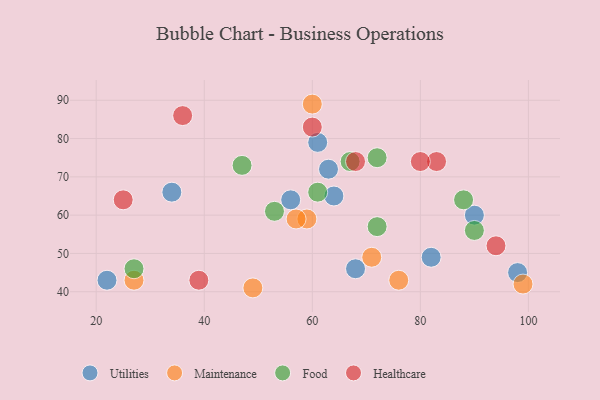
{"axis": {"x": "GDP", "y": "Life Expectancy"}, "legend": ["Food", "Healthcare", "Maintenance", "Utilities"], "data": [{"x": "90", "y": 60, "type": "Utilities"}, {"x": "68", "y": 46, "type": "Utilities"}, {"x": "98", "y": 45, "type": "Utilities"}, {"x": "56", "y": 64, "type": "Utilities"}, {"x": "82", "y": 49, "type": "Utilities"}, {"x": "22", "y": 43, "type": "Utilities"}, {"x": "61", "y": 79, "type": "Utilities"}, {"x": "64", "y": 65, "type": "Utilities"}, {"x": "34", "y": 66, "type": "Utilities"}, {"x": "63", "y": 72, "type": "Utilities"}, {"x": "76", "y": 43, "type": "Maintenance"}, {"x": "49", "y": 41, "type": "Maintenance"}, {"x": "27", "y": 43, "type": "Maintenance"}, {"x": "59", "y": 59, "type": "Maintenance"}, {"x": "60", "y": 89, "type": "Maintenance"}, {"x": "99", "y": 42, "type": "Maintenance"}, {"x": "57", "y": 59, "type": "Maintenance"}, {"x": "71", "y": 49, "type": "Maintenance"}, {"x": "90", "y": 56, "type": "Food"}, {"x": "88", "y": 64, "type": "Food"}, {"x": "53", "y": 61, "type": "Food"}, {"x": "72", "y": 57, "type": "Food"}, {"x": "61", "y": 66, "type": "Food"}, {"x": "47", "y": 73, "type": "Food"}, {"x": "72", "y": 75, "type": "Food"}, {"x": "27", "y": 46, "type": "Food"}, {"x": "67", "y": 74, "type": "Food"}, {"x": "94", "y": 52, "type": "Healthcare"}, {"x": "60", "y": 83, "type": "Healthcare"}, {"x": "83", "y": 74, "type": "Healthcare"}, {"x": "39", "y": 43, "type": "Healthcare"}, {"x": "68", "y": 74, "type": "Healthcare"}, {"x": "80", "y": 74, "type": "Healthcare"}, {"x": "36", "y": 86, "type": "Healthcare"}, {"x": "25", "y": 64, "type": "Healthcare"}]}